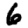
Digit: 6